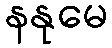
နနုမေ